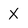
Character: X